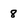
Character: 8